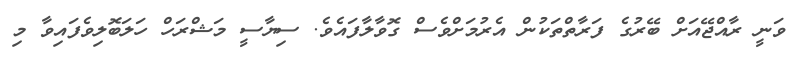
ވަނީ ރާއްޖޭއަށް ބޭރުގެ ފަރާތްތަކުން އެރުމަށްވެސް ގޮވާލާފައެވެ. ސިޔާސީ މަޝްރަހް ހަލަބޮލިވެފައިވާ މި